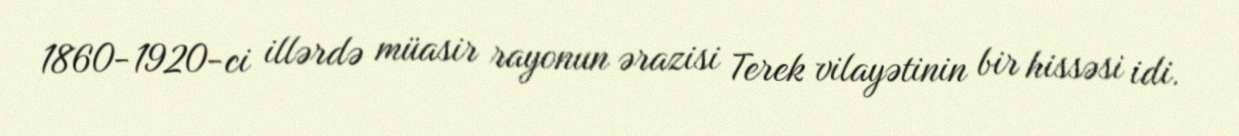
1860-1920-ci illərdə müasir rayonun ərazisi Terek vilayətinin bir hissəsi idi.